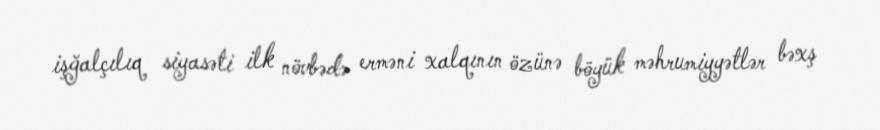
işğalçılıq siyasəti ilk növbədə erməni xalqının özünə böyük məhrumiyyətlər bəxş